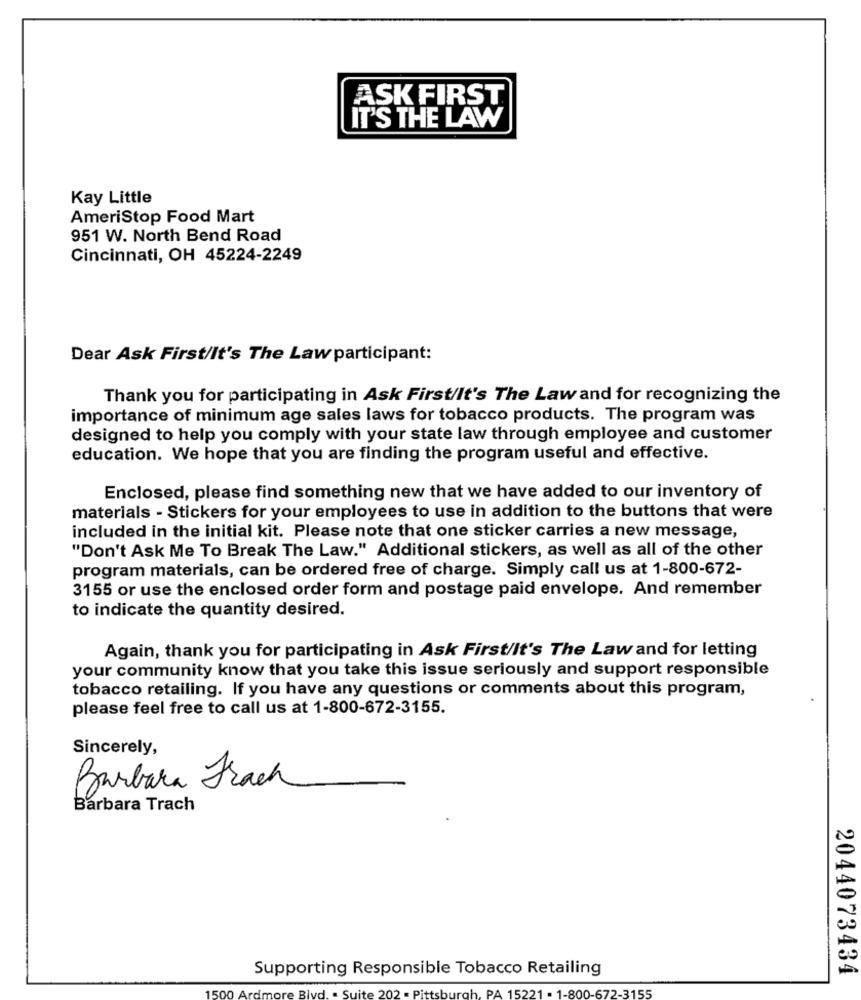
ASK FIRST
IT'S THE LAW
Kay Little
AmeriStop Food Mart
951 W. North Bend Road
Cincinnati, OH 45224-2249
Dear Ask First/It's The Law participant:
Thank you for participating in Ask First/It's The Law and for recognizing the
importance of minimum age sales laws for tobacco products. The program was
designed to help you comply with your state law through employee and customer
education. We hope that you are finding the program useful and effective.
Enclosed, please find something new that we have added to our inventory of
materials - Stickers for your employees to use in addition to the buttons that were
included in the initial kit. Please note that one sticker carries a new message,
"Don't Ask Me To Break The Law." Additional stickers, as well as all of the other
program materials, can be ordered free of charge. Simply call us at 1-800-672-
3155 or use the enclosed order form and postage paid envelope. And remember
to indicate the quantity desired.
Again, thank you for participating in Ask First/It's The Law and for letting
your community know that you take this issue seriously and support responsible
tobacco retailing. If you have any questions or comments about this program,
please feel free to call us at 1-800-672-3155.
Sincerely,
Barbara Frach
Barbara Trach
Supporting Responsible Tobacco Retailing
2044073434
1500
Blvd.
202
urgh, PA 15221 . 1-800-672-
155